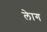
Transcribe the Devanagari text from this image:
लेाग